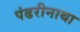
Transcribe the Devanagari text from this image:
पंढरीनाथा